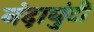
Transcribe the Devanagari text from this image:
नंदाघुंटी